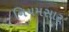
નિયમસાર